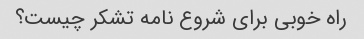
راه خوبی برای شروع نامه تشکر چیست؟